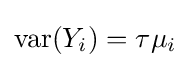
\operatorname {var} (Y_{i})=\tau \mu _{i}